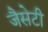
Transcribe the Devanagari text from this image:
जैसेटी